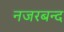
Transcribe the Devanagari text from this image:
नजरबन्‍द